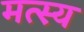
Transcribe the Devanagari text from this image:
मत्स्‍य